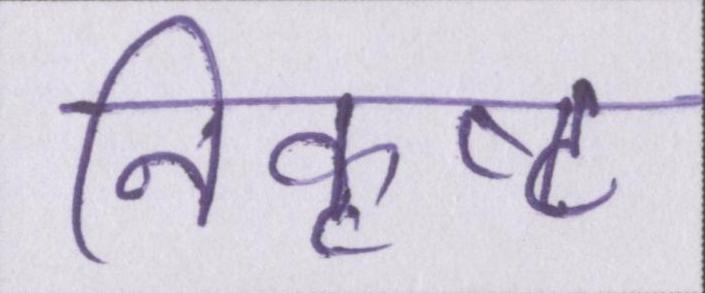
निकृष्ट